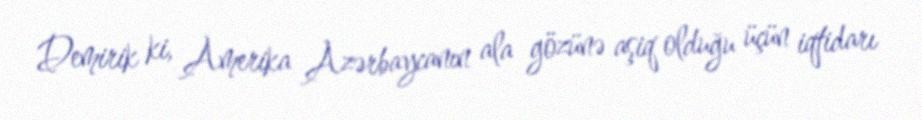
Demirik ki, Amerika Azərbaycanın ala gözünə aşiq olduğu üçün iqtidarı